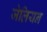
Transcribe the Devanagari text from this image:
जेलियन